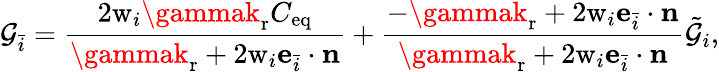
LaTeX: \mathcal{G}_{\bar{{i}}}=\frac{{2\mathrm{{w}}_{i}\gammak_{\mathrm{{r}}}C_{\mathrm{{eq}}}}}{{\gammak_{\mathrm{{r}}}+2\mathrm{{w}}_{i}\mathbf{{e}}_{\bar{{i}}}\cdot\mathbf{{n}}}}+\frac{{-\gammak_{\mathrm{{r}}}+2\mathrm{{w}}_{i}\mathbf{{e}}_{\bar{{i}}}\cdot\mathbf{{n}}}}{{\gammak_{\mathrm{{r}}}+2\mathrm{{w}}_{i}\mathbf{{e}}_{\bar{{i}}}\cdot\mathbf{{n}}}}\tilde{{\mathcal{G}}}_{i},